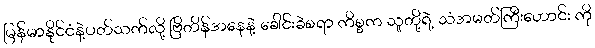
မြန်မာနိုင်ငံနဲ့ပတ်သက်လို့ ဗြိတိန်အနေနဲ့ ခေါင်းခဲစရာ ကိစ္စက သူတို့ရဲ့ သံအမတ်ကြီးဟောင်း ကို